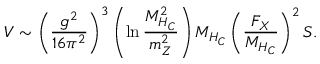
V \sim \left( \frac { g ^ { 2 } } { 1 6 \pi ^ { 2 } } \right) ^ { 3 } \left( \ln \frac { M _ { H _ { C } } ^ { 2 } } { m _ { Z } ^ { 2 } } \right) M _ { H _ { C } } \left( \frac { F _ { X } } { M _ { H _ { C } } } \right) ^ { 2 } S .